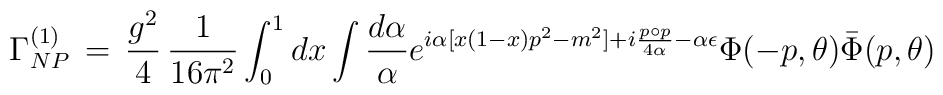
\Gamma_{NP}^{(1)}\,=\,\frac{g^2}{4}\,\frac{1}{16 \pi^2}\int_0^1 dx \int\frac{d\alpha}{\alpha}e^{i\alpha[x(1-x)p^2 - m^2] + i\frac{p\circ p}{4\alpha} - \alpha \epsilon}\Phi(-p,\theta)\bar{\Phi}(p,\theta)